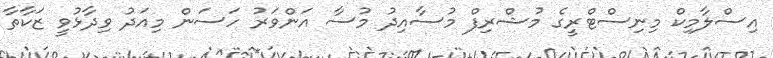
އިސްލާމިކް މިނިސްޓްރީގެ މުޝްރިފް މުސާއިދު މުސާ އަންވަރު ހަސަން މިއަދު ވިދާޅުވީ ޒަކާތާ